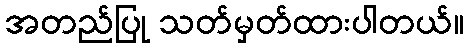
အတည်ပြု သတ်မှတ်ထားပါတယ်။